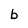
Character: b